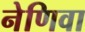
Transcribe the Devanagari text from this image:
नेणिवा